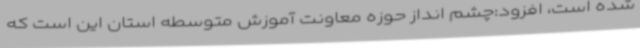
شده است، افزود:چشم انداز حوزه معاونت آموزش متوسطه استان این است که